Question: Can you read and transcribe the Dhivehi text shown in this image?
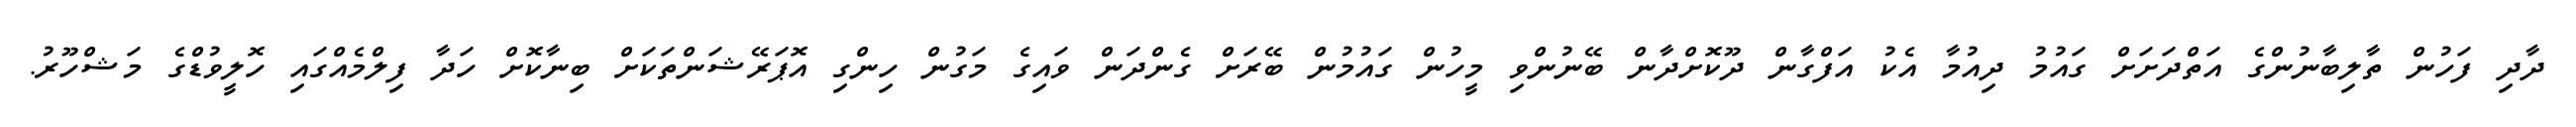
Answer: ދާދި ފަހުން ތާލިބާނުންގެ އަތްދަށަށް ގައުމު ދިއުމާ އެކު އަފްގާން ދޫކޮށްދާން ބޭނުންވި މީހުން ގައުމުން ބޭރަށް ގެންދަން ވައިގެ މަގުން ހިންގި އޮޕަރޭޝަންތަކަށް ބިނާކޮށް ހަދާ ފިލްމެއްގައި ހޮލީވުޑްގެ މަޝްހޫރު.